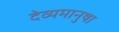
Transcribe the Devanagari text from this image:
देव्यमानुषा